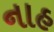
નાહ